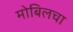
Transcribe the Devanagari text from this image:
मोबिलचा